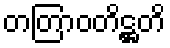
တတြာဝတိဋ္ဌတိ